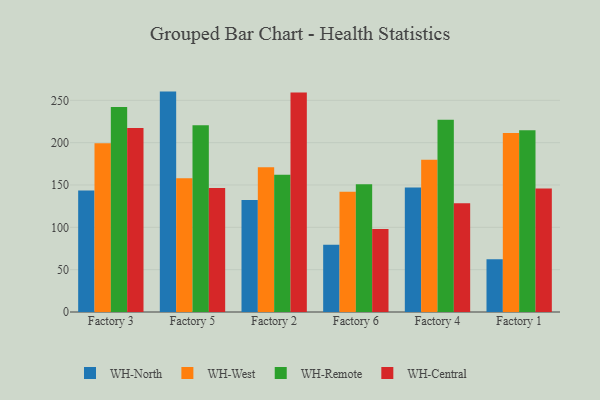
{"axis": {"x": "Factory", "y": "Churn Rate (%)"}, "legend": ["WH-Central", "WH-North", "WH-Remote", "WH-West"], "data": [{"x": "Factory 3", "y": 143.6, "type": "WH-North"}, {"x": "Factory 3", "y": 199.4, "type": "WH-West"}, {"x": "Factory 3", "y": 242.0, "type": "WH-Remote"}, {"x": "Factory 3", "y": 217.2, "type": "WH-Central"}, {"x": "Factory 5", "y": 260.3, "type": "WH-North"}, {"x": "Factory 5", "y": 158.0, "type": "WH-West"}, {"x": "Factory 5", "y": 220.5, "type": "WH-Remote"}, {"x": "Factory 5", "y": 146.5, "type": "WH-Central"}, {"x": "Factory 2", "y": 132.4, "type": "WH-North"}, {"x": "Factory 2", "y": 171.1, "type": "WH-West"}, {"x": "Factory 2", "y": 162.1, "type": "WH-Remote"}, {"x": "Factory 2", "y": 259.3, "type": "WH-Central"}, {"x": "Factory 6", "y": 79.5, "type": "WH-North"}, {"x": "Factory 6", "y": 141.9, "type": "WH-West"}, {"x": "Factory 6", "y": 150.8, "type": "WH-Remote"}, {"x": "Factory 6", "y": 98.0, "type": "WH-Central"}, {"x": "Factory 4", "y": 147.0, "type": "WH-North"}, {"x": "Factory 4", "y": 179.9, "type": "WH-West"}, {"x": "Factory 4", "y": 227.2, "type": "WH-Remote"}, {"x": "Factory 4", "y": 128.5, "type": "WH-Central"}, {"x": "Factory 1", "y": 62.4, "type": "WH-North"}, {"x": "Factory 1", "y": 211.3, "type": "WH-West"}, {"x": "Factory 1", "y": 214.8, "type": "WH-Remote"}, {"x": "Factory 1", "y": 146.0, "type": "WH-Central"}]}